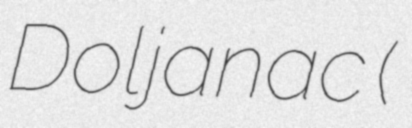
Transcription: Doljanac (Аћим